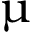
\upmu